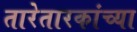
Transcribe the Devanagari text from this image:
तारेतारकांच्या